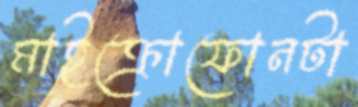
মাইক্রোফোনটা